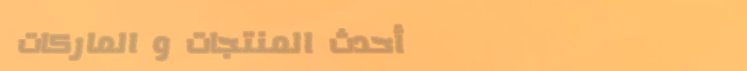
أحدث المنتجات و الماركات